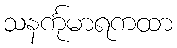
သနင်္ကုမာရကထာ